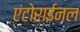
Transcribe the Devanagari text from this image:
एंटोराईनल